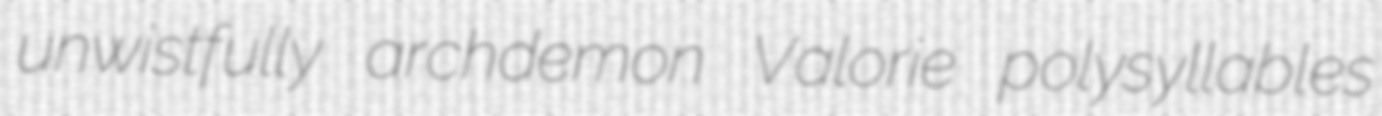
unwistfully archdemon Valorie polysyllables